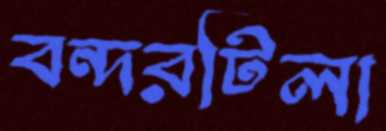
বন্দরটিলা